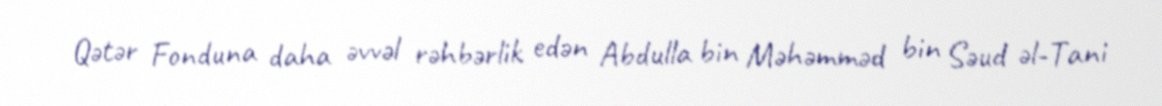
Qətər Fonduna daha əvvəl rəhbərlik edən Abdulla bin Məhəmməd bin Səud əl-Tani